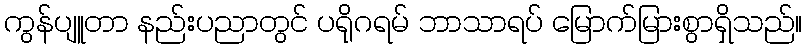
ကွန်ပျူတာ နည်းပညာတွင် ပရိုဂရမ် ဘာသာရပ် မြောက်မြားစွာရှိသည်။